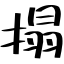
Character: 搨